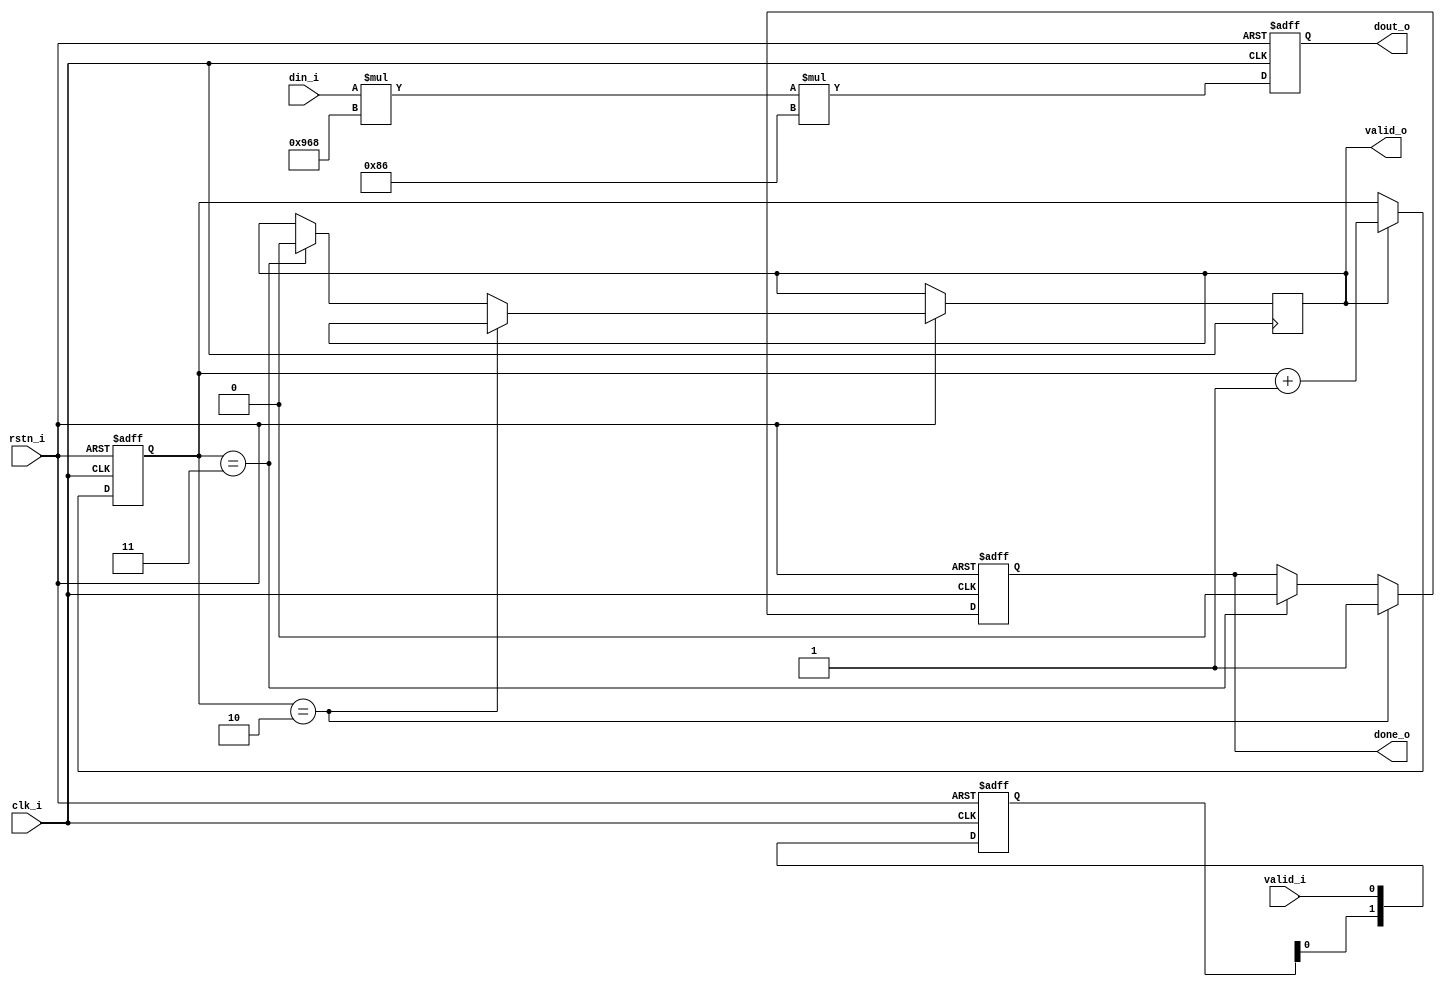
/*

Dequantize #(
    .WIDTH_INPUT(), // Q16.16 fixed-point value 
    .WIDTH_OUTPUT(), 
    .SCALIING_FACTOR_X(), 
    .SCALIING_FACTOR_Y(),
    .NUM_COUNTER_BIT(), // Size of counter,  2^(NUM_COUNTER_BIT) > NUM_CALCULATE
    .NUM_CALCULATE() 
) dequantize_inst (
    .clk_i(clk_i),
    .rstn_i(rstn_i),
    .din_i(din_i),
    .valid_i(valid_i),
    .valid_o(valid_o),
    .done_o(done_o),
    .dout_o(dout_o)
);

*/

module Dequantize
#(
    parameter WIDTH_INPUT       = 32,
    parameter WIDTH_OUTPUT      = 32,
    parameter SCALIING_FACTOR_X = 2408,  // Q16.16 representation of 0.03675
    parameter SCALIING_FACTOR_Y = 134,   // Q16.16 representation of 0.002045
    parameter NUM_COUNTER_BIT   = 3,
    parameter NUM_CALCULATE     = 4
)
(
    input wire  clk_i,                              // Clock input
    input wire  rstn_i,                             // Active low reset input
    input wire signed   [WIDTH_INPUT-1:0]   din_i,  // Data input
    input wire  valid_i,                            // Input valid signal
    output wire valid_o,                            // Output valid signal
    output wire done_o,                             // Done signal
    output wire signed  [WIDTH_OUTPUT-1:0]  dout_o  // Dequantized output
);

    reg         [NUM_COUNTER_BIT-1:0]   rCnt;           // Counter for NUM_CALCULATE cycles
    reg signed  [WIDTH_OUTPUT-1:0]      rScaled;        // Scaled result for dequantization
    reg         q_done;                                 // Signal indicating dequantization is complete
    reg [1:0]   valid_delay;                            // Delay register for valid signal
    
    // Scaling process
    always @(posedge clk_i or negedge rstn_i) begin
        if (!rstn_i) begin
            rScaled <= 0;
        end else begin
            rScaled <= din_i * SCALIING_FACTOR_X * SCALIING_FACTOR_Y; 
        end
    end

    // Control done signal
    always @(posedge clk_i or negedge rstn_i) begin
        if (!rstn_i) begin
            q_done <= 0;
        end else if (rCnt == NUM_CALCULATE-2) begin
            q_done <= 1;
        end else if (rCnt == NUM_CALCULATE-1) begin
            valid_delay[1] <= 0;
            q_done <= 0;
        end
    end

    // Counter for dequantization process
    always @(posedge clk_i or negedge rstn_i) begin
        if (!rstn_i) begin
            rCnt <= 0;
        end else if (valid_o) begin
            rCnt <= rCnt + 1;
        end
    end
    
    // Delay valid signal
    always @(posedge clk_i or negedge rstn_i) begin
        if (!rstn_i) begin
            valid_delay <= 0;
        end else begin
            valid_delay[0] <= valid_i;
            valid_delay[1] <= valid_delay[0];
        end
    end

    // Assign outputs
    assign done_o = q_done;
    assign valid_o = valid_delay[1];
    assign dout_o = rScaled;

endmodule